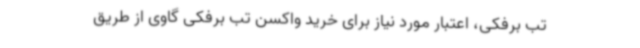
تب برفکی، اعتبار مورد نیاز برای خرید واکسن تب برفکی گاوی از طریق